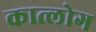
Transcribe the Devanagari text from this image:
कात्लोग